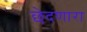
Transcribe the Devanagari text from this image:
छेदणारा